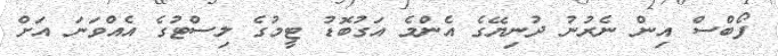
ފޯބްސް އިން ނެރުނު ދުނިޔޭގެ އެންމެ އަގުބޮޑު ޓީމުގެ ލިސްޓުގެ އެއްވަނަ އަށް